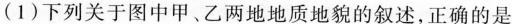
(1)下列关于图中甲、乙两地地质地貌的叙述，正确的是